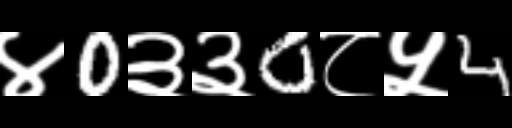
Text: ४0३३0८५4